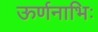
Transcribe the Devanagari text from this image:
ऊर्णनाभिः